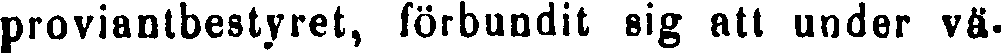
proviantbestyret, förbundit sig att under vä-